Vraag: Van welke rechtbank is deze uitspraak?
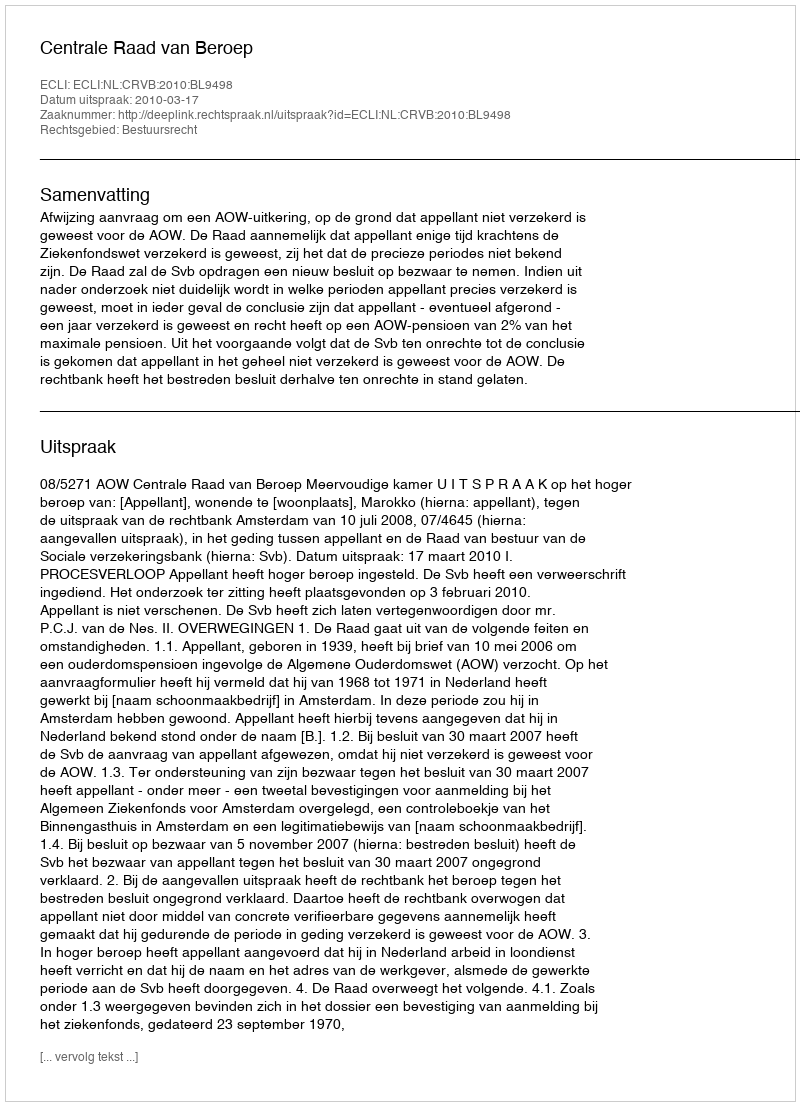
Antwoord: Centrale Raad van Beroep